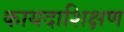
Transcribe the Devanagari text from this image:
कायदाशिक्षण